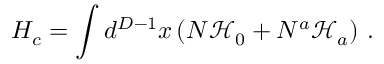
H _ { c } = \int d ^ { D - 1 } x \left( N \mathcal { H } _ { 0 } + N ^ { a } \mathcal { H } _ { a } \right) \, .